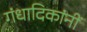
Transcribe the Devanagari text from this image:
गंधादिकांनीं